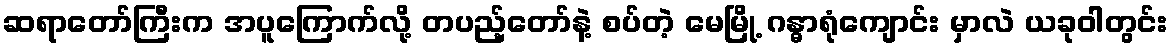
ဆရာတော်ကြီးက အပူကြောက်လို့ တပည့်တော်နဲ့ စပ်တဲ့ မေမြို့ ဂန္ဓာရုံကျောင်း မှာလဲ ယခုဝါတွင်း